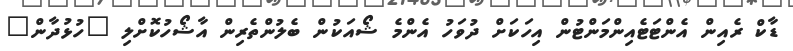
ޑާކް ރެއިން އެންޓަޓެއިންމަންޓުން އިހަކަށް ދުވަހު އެންމެ ޝޯއަކުން ބެލުންތެރިން އާޝޯހުކޮށްލި "ހުޅުދާން"